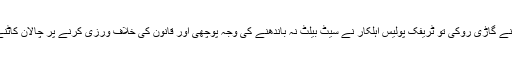
ڈرائیور نے گاڑی روکی تو ٹریفک پولیس اہلکار نے سیٹ بیلٹ نہ باندھنے کی وجہ پوچھی اور قانون کی خلاف ورزی کرنے پر چالان کاٹنے کا کہا۔